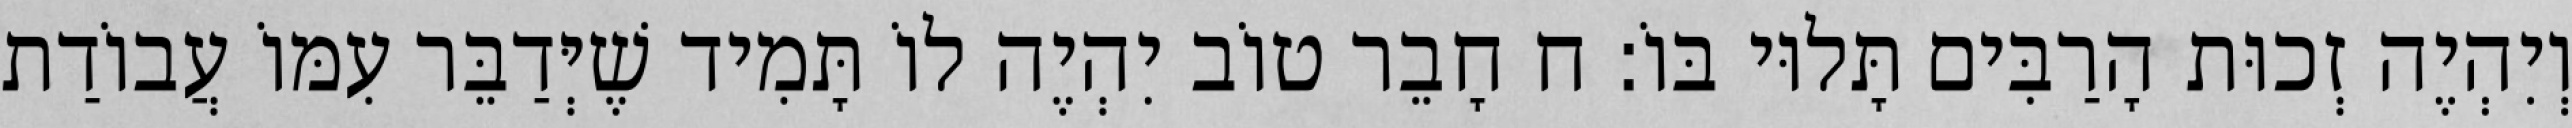
וְיִהְיֶה זְכוּת הָרַבִּים תָּלוּי בּוֹ: ח חָבֵר טוֹב יִהְיֶה לוֹ תָּמִיד שֶׁיְּדַבֵּר עִמּוֹ עֲבוֹדַת